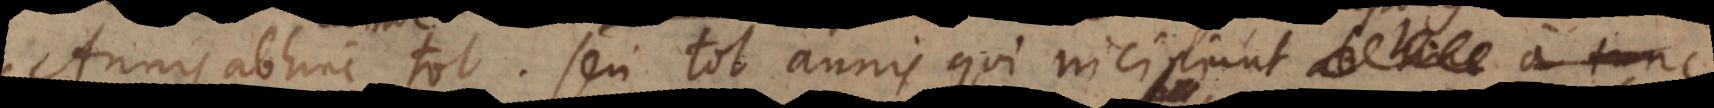
Annis abhinc, tot. Seu tot annis qui incipiunt abhinc